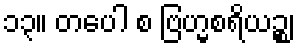
၁၃။ တပေါ စ ဗြဟ္မစရိယဉ္စ၊